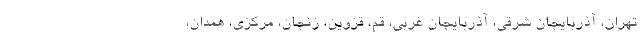
تهران، آذربایجان شرقی، آذربایجان غربی، قم، قزوین، زنجان، مرکزی، همدان،